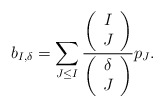
\begin{align*}b_{I,\delta}=\sum_{J\le I} \frac{\left(\begin{array}{c} I \\ J\end{array}\right)}{\left(\begin{array}{c} \delta \\ J\end{array}\right)}p_J.\end{align*}